Report of the Hyderabad Chloroform Commission
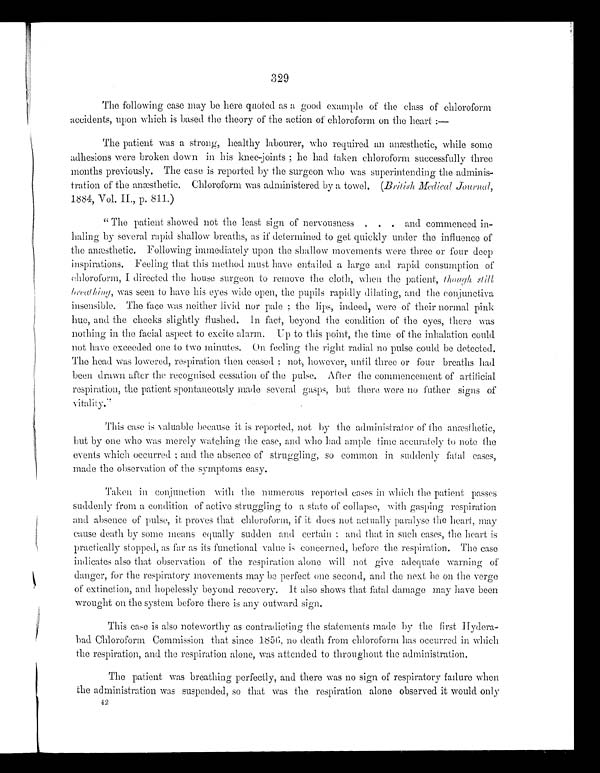
329
The following case may be here quoted as a good example of the class of chloroform
accidents, upon which is based the theory of the action of chloroform on the heart:
—
The patient was a strong, healthy labourer, who required an anæsthetic, while some
adhesions were broken down in his knee-joints; he had taken chloroform successfully three
months previously. The case is reported by the surgeon who was superintending the adminis-
-t rat i on of t he anæst het i c. Chl oroform was admi ni st ered by a t owel . ( B r i t i s h M e d i c a l J o u r n a l ,
1884, Vol. II., p. 811.)
"The patient showed not the least sign of nervousness . . . and commenced in--
haling by several rapid shallow breaths, as if determined to get quickly under the influence of
the anæsthetic. Following immediately upon the shallow movements were three or four deep
inspirations. Feeling that this method must have entailed a large and rapid consumption of
chloroform, I directed the house surgeon to remove the cloth, when the patient, though still
breathing, was seen to have his eyes wide open, the pupils rapidly dilating, and the conjunctiva
insensible. The face was neither livid nor pale; the lips, indeed, were of their normal pink
hue, and the cheeks slightly flushed. In fact, beyond the condition of the eyes, there was
nothing in the facial aspect to excite alarm. Up to this point, the time of the inhalation could
not have exceeded one to two minutes. On feeling the right radial no pulse could be detected.
The head was lowered, respiration then ceased; not, however, until three or four breaths had
been drawn after the recognised cessation of the pulse. After the commencement of artificial
respiration, the patient spontaneously made several gasps, but there were no father signs of vitality."
This case is valuable because it is reported, not by the administrator of the anæsthetic,
but by one who was merely watching the case, and who had ample time accurately to note the
events which occurred; and the absence of struggling, so common in suddenly fatal cases,
made the observation of the symptoms easy.
Taken in conjunction with the numerous reported cases in which the patient passes
suddenly from a condition of active struggling to a state of collapse, with gasping respiration
and absence of pulse, it proves that chloroform, if it does not actually paralyse the heart, may
cause death by some means equally sudden and certain; and that in such cases, the heart is
practically stopped, as far as its functional value is concerned, before the respiration. The case
indicates also that observation of the respiration alone will not give adequate warning of
danger, for the respiratory movements may be perfect one second, and the next be on the verge
of extinction, and hopelessly beyond recovery. It also shows that fatal damage may have been
wrought on the system before there is any outward sign.
This case is also noteworthy as contradicting the statements made by the first Hydera
-bad Chloroform Commission that since 1856, no death from chloroform has occurred in which
the respiration, and the respiration alone, was attended to throughout the administration.
The patient was breathing perfectly, and there was no sign of respiratory failure when
the administration was suspended, so that was the respiration alone observed it would only
42